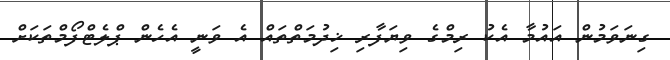
ގިނަވަމުން އައުމާ އެކު ރިމްގެ ވިޔަފާރި ޚިދުމަތްތައް އެ ވަނީ އެހެން ޕްލެޓްފޯމްތަކަށް